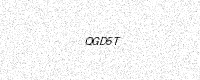
Text: QGD5T